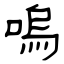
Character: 嗚